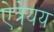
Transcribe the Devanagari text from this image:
ऐत्रेयय